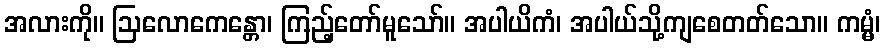
အလားကို။ ဩလောကေန္တော၊ ကြည့်တော်မူသော်။ အပါယိကံ၊ အပါယ်သို့ကျစေတတ်သော။ ကမ္မံ၊